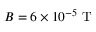
B = 6 \times 1 0 ^ { - 5 } \mathrm { ~ T ~ }